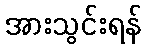
အားသွင်းရန်